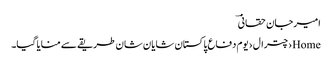
امیرجان حقانیؔ
Home›چترال›یوم دفاع پاکستان شایان شان طریقے سے منایا گیا۔